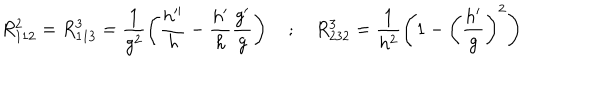
R _ { 1 1 2 } ^ { 2 } = R _ { 1 1 3 } ^ { 3 } = \frac { 1 } { g ^ { 2 } } \left( \frac { h ^ { \prime \prime } } { h } - \frac { h ^ { \prime } } { h } \frac { g ^ { \prime } } { g } \right) \quad ; \quad R _ { 2 3 2 } ^ { 3 } = \frac { 1 } { h ^ { 2 } } \left( 1 - \left( \frac { h ^ { \prime } } { g } \right) ^ { 2 } \right)